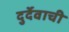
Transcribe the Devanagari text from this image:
दुर्देवाची